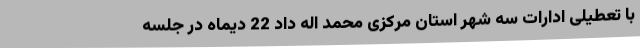
با تعطیلی ادارات سه شهر استان مرکزی محمد اله داد 22 دیماه در جلسه